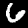
Digit: 6